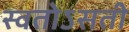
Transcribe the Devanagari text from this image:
स्वतोऽसती